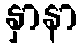
နှာနာ